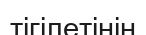
тігілетінін